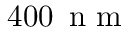
4 0 0 \, \mathrm { ~ n ~ m ~ }